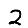
Digit: 2